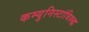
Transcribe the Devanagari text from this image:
कम्युनिस्टांविरुद्ध